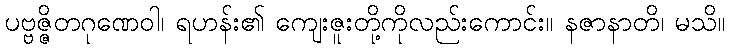
ပဗ္ဗဇ္ဇိတဂုဏေဝါ၊ ရဟန်း၏ ကျေးဇူးတို့ကိုလည်းကောင်း။ နဇာနာတိ၊ မသိ။